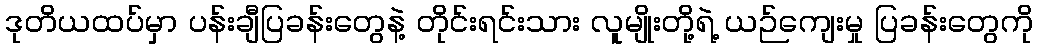
ဒုတိယထပ်မှာ ပန်းချီပြခန်းတွေနဲ့ တိုင်းရင်းသား လူမျိုးတို့ရဲ့ ယဉ်ကျေးမှု ပြခန်းတွေကို